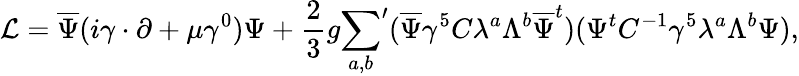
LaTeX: {\cal L}=\overline{{{\Psi}}}(i\gamma\cdot\partial+\mu\gamma^{0})\Psi+\frac{2}{3}g{\sum_{a,b}}^{\prime}(\overline{{{\Psi}}}\gamma^{5}C\lambda^{a}\Lambda^{b}\overline{{{\Psi}}}^{t})(\Psi^{t}C^{-1}\gamma^{5}\lambda^{a}\Lambda^{b}\Psi),